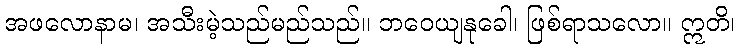
အဖလောနာမ၊ အသီးမဲ့သည်မည်သည်။ ဘဝေယျနုခေါ၊ ဖြစ်ရာသလော။ ဣတိ၊